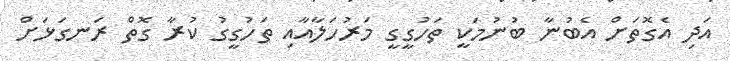
އަދި އެގޮތަށް އެބުނާ ބުނުމަކީ ތަހުގީގީ މަރުހަލާއާއި ތަހުގީގު ކުރާ ގޮތް ރަނގަޅަށް